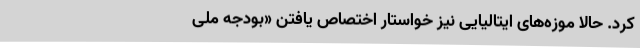
کرد. حالا موزه‌های ایتالیایی نیز خواستار اختصاص یافتن «بودجه ملی